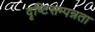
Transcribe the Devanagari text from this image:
दृष्टिसम्पन्नता